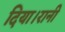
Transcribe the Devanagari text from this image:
दिया।रानी